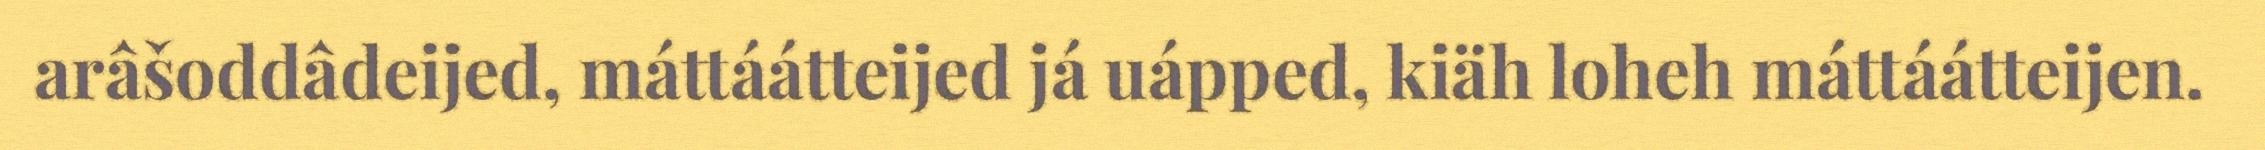
arâšoddâdeijed, máttáátteijed já uápped, kiäh loheh máttáátteijen.